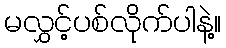
မလွှင့်ပစ်လိုက်ပါနဲ့။